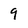
Character: 9